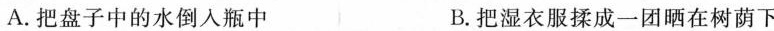
A.把盘子中的水倒入瓶中 B.把湿衣服揉成一团晒在树荫下